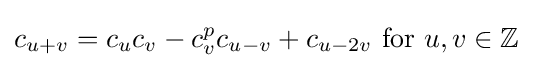
c_{u+v}=c_{u}c_{v}-c_{v}^{p}c_{u-v}+c_{u-2v}{\text{ for }}u,v\in \mathbb {Z}